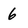
Character: 6